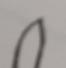
Signature authenticity: forged